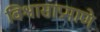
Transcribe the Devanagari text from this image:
विश्वासाप्रमाणे